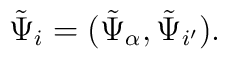
\tilde \Psi_i = (\tilde \Psi_{{\alpha}}, \tilde \Psi_{{i'}}).